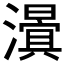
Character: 𭳃